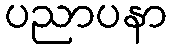
ပညာပနာ